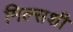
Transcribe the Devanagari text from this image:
मिल्सशी